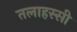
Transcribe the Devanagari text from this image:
तलाहस्सी